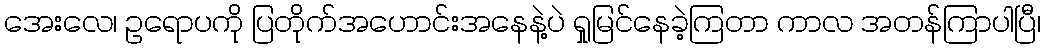
အေးလေ၊ ဥရောပကို ပြတိုက်အဟောင်းအနေနဲ့ပဲ ရှုမြင်နေခဲ့ကြတာ ကာလ အတန်ကြာပါပြီ၊